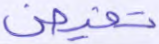
تفيض